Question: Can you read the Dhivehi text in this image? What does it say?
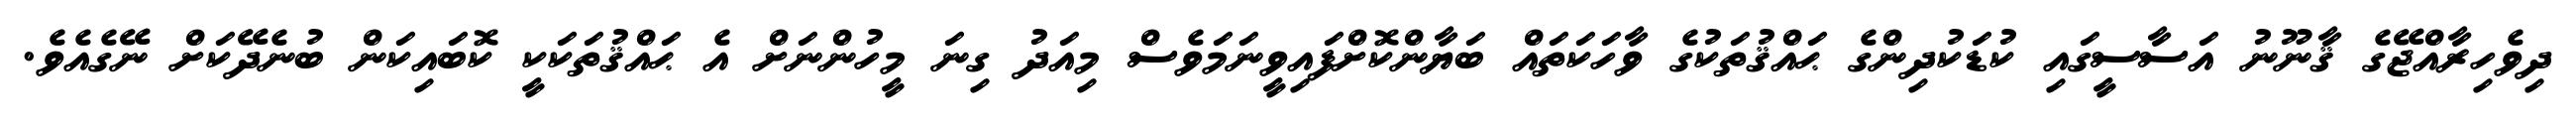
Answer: ދިވެހިރާއްޖޭގެ ޤާނޫނު އަސާސީގައި ކުޑަކުދިންގެ ޙައްޤުތަކުގެ ވާހަކަތައް ބަޔާންކޮށްފައިވީނަމަވެސް މިއަދު ގިނަ މީހުންނަށް އެ ޙައްޤުތަކަކީ ކޮބައިކަން ބުނެދޭކަށް ނޭގެއެވެ.